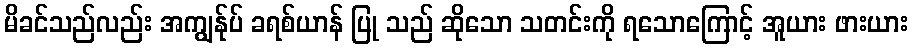
မိခင်သည်လည်း အကျွန်ုပ် ခရစ်ယာန် ပြု သည် ဆိုသော သတင်းကို ရသောကြောင့် အူယား ဖားယား